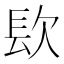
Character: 𨱟